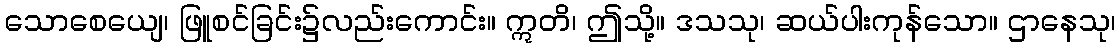
သောစေယျေ၊ ဖြူစင်ခြင်း၌လည်းကောင်း။ ဣတိ၊ ဤသို့။ ဒသသု၊ ဆယ်ပါးကုန်သော။ ဌာနေသု၊